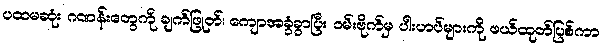
ပထမဆုံး ဂဏန်းတွေကို ချက်ဖြုတ်၊ ကျောအခွံခွာပြီး ဝမ်းဗိုက်မှ ပါးဟပ်များကို ဖယ်ထုတ်ပြစ်ကာ